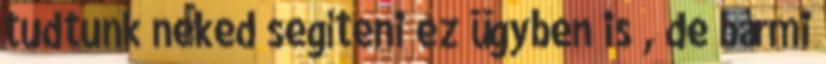
tudtunk neked segíteni ez ügyben is , de bármi